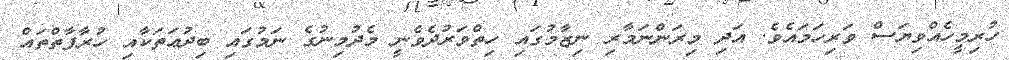
ހުރިމީހެއްވިޔަސް ވަރިހަމައެވެ. އަދި މިރަންނަމާރި ނިޒާމުގައި ހިތްވަރުދެވެނީ މެދުމިނުގެ ނަމުގައި ބިދުޢަތަކާއި ހުރާފާތްތައް